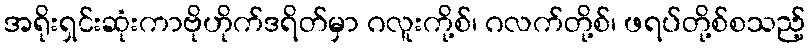
အရိုးရှင်းဆုံးကာဗိုဟိုက်ဒရိတ်မှာ ဂလူးကို့စ်၊ ဂလက်တို့စ်၊ ဖရပ်တို့စ်စသည့်